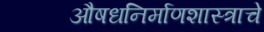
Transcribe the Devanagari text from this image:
औषधनिर्माणशास्त्राचे